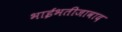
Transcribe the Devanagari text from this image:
भाईभतीजावाद